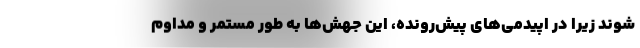
شوند زیرا در اپیدمی‌‌های پیش‌‌رونده، این جهش‌‌ها به طور مستمر و مداوم